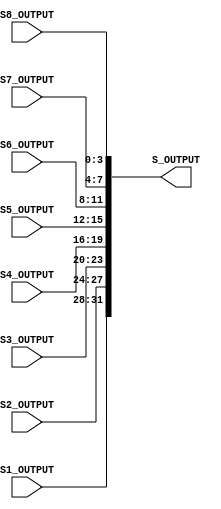
`timescale 1ns / 1ps
//////////////////////////////////////////////////////////////////////////////////
// Alveera Gill 
// Module:    Des_Top 
// Project:   Data Encryption Standard Implementation using Verilog
//////////////////////////////////////////////////////////////////////////////////
module Sbox_Output(S1_OUTPUT, S2_OUTPUT, S3_OUTPUT, S4_OUTPUT, S5_OUTPUT, S6_OUTPUT,S7_OUTPUT, S8_OUTPUT, S_OUTPUT);
input [3:0]S1_OUTPUT;
input [3:0]S2_OUTPUT;
input [3:0]S3_OUTPUT;
input [3:0]S4_OUTPUT;
input [3:0]S5_OUTPUT;
input [3:0]S6_OUTPUT;
input [3:0]S7_OUTPUT;
input [3:0]S8_OUTPUT;
output [32:1]S_OUTPUT;
wire [3:0]S1_OUTPUT;
wire [3:0]S2_OUTPUT;
wire [3:0]S3_OUTPUT;
wire [3:0]S4_OUTPUT;
wire [3:0]S5_OUTPUT;
wire [3:0]S6_OUTPUT;
wire [3:0]S7_OUTPUT;
wire [3:0]S8_OUTPUT;
wire [32:1]S_OUTPUT;
assign S_OUTPUT = {S1_OUTPUT,S2_OUTPUT,S3_OUTPUT,S4_OUTPUT,S5_OUTPUT, S6_OUTPUT,S7_OUTPUT,S8_OUTPUT};
endmodule